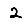
Digit: 2